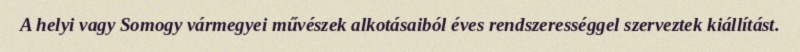
A helyi vagy Somogy vármegyei művészek alkotásaiból éves rendszerességgel szerveztek kiállítást.